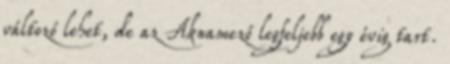
változó lehet, de az Aknamező legfeljebb egy évig tart.